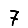
Digit: 7